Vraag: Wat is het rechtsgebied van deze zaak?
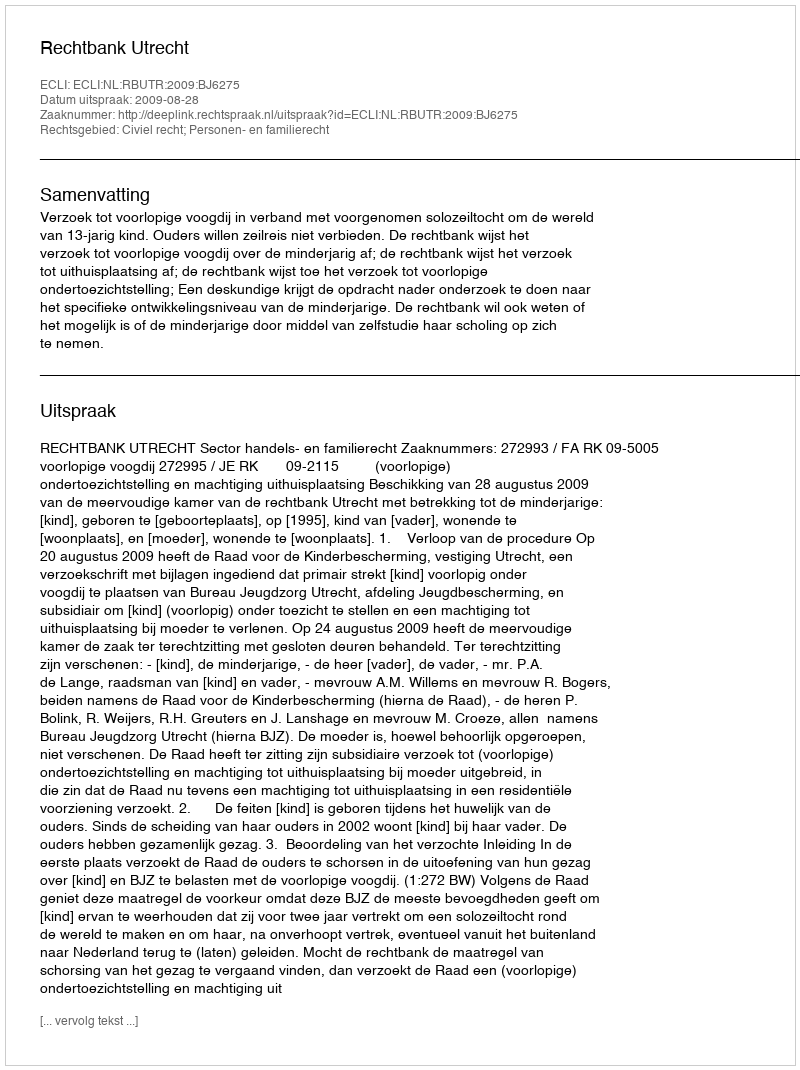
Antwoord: Civiel recht; Personen- en familierecht